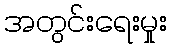
အတွင်းရေးမှုး